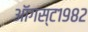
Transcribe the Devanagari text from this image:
ऑगस्ट१९८२